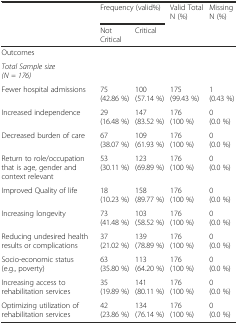
<table><thead><tr><td></td><td colspan="2"><b>Frequency (valid%)</b></td><td><b>Valid Total N (%)</b></td><td><b>Missing N (%)</b></td></tr><tr><td></td><td><b>Not Critical</b></td><td><b>Critical</b></td><td></td><td></td></tr></thead><tbody><tr><td>Outcomes</td><td></td><td></td><td></td><td></td></tr><tr><td><i>Total Sample size (N = 176)</i></td><td></td><td></td><td></td><td></td></tr><tr><td>Fewer hospital admissions</td><td>75 (42.86 %)</td><td>100 (57.14 %)</td><td>175 (99.43 %)</td><td>1 (0.43 %)</td></tr><tr><td>Increased independence</td><td>29 (16.48 %)</td><td>147 (83.52 %)</td><td>176 (100 %)</td><td>0 (0.0 %)</td></tr><tr><td>Decreased burden of care</td><td>67 (38.07 %)</td><td>109 (61.93 %)</td><td>176 (100 %)</td><td>0 (0.0 %)</td></tr><tr><td>Return to role/occupation that is age, gender and context relevant</td><td>53 (30.11 %)</td><td>123 (69.89 %)</td><td>176 (100 %)</td><td>0 (0.0 %)</td></tr><tr><td>Improved Quality of life</td><td>18 (10.23 %)</td><td>158 (89.77 %)</td><td>176 (100 %)</td><td>0 (0.0 %)</td></tr><tr><td>Increasing longevity</td><td>73 (41.48 %)</td><td>103 (58.52 %)</td><td>176 (100 %)</td><td>0 (0.0 %)</td></tr><tr><td>Reducing undesired health results or complications</td><td>37 (21.02 %)</td><td>139 (78.89 %)</td><td>176 (100 %)</td><td>0 (0.0 %)</td></tr><tr><td>Socio-economic status (e.g., poverty)</td><td>63 (35.80 %)</td><td>113 (64.20 %)</td><td>176 (100 %)</td><td>0 (0.0 %)</td></tr><tr><td>Increasing access to rehabilitation services</td><td>35 (19.89 %)</td><td>141 (80.11 %)</td><td>176 (100 %)</td><td>0 (0.0 %)</td></tr><tr><td>Optimizing utilization of rehabilitation services</td><td>42 (23.86 %)</td><td>134 (76.14 %)</td><td>176 (100 %)</td><td>0 (0.0 %)</td></tr></tbody></table>